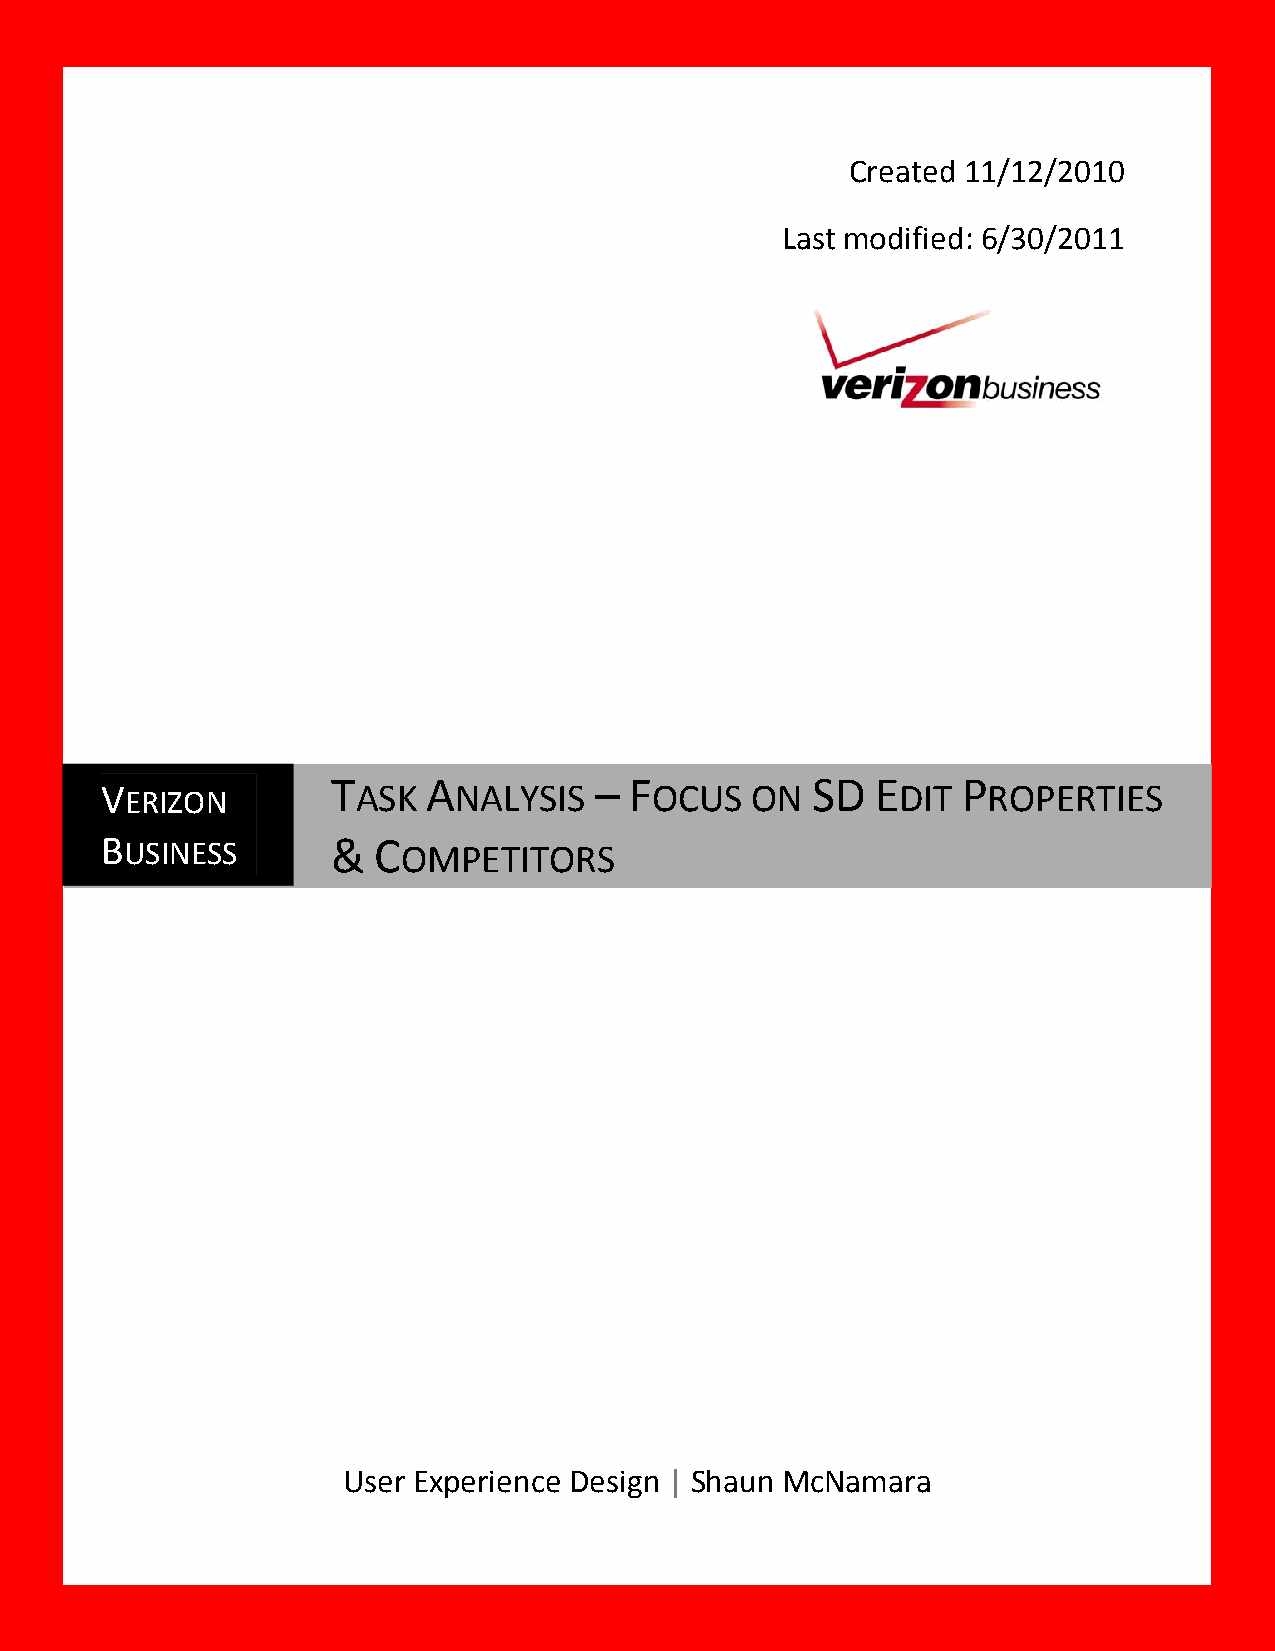
Created 11/12/2010
 Last modified: 6/30/2011
 T     A          –  F           SD  E     P
 VERIZON          ASK   NALYSIS      OCUS   ON        DIT  ROPERTIES
 BUSINESS       &  C
 OMPETITORS
 User Experience Design | Shaun McNamara